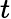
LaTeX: {\mathbf{}}t